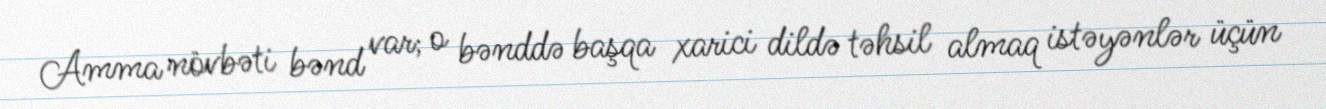
Amma növbəti bənd var; o bənddə başqa xarici dildə təhsil almaq istəyənlər üçün